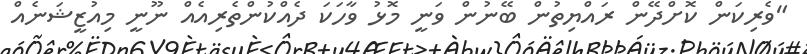
"ވެރިކަން ކޮށްދޭން ރައްޔިތުން ބޭނުން ވަނީ މޮޅު ވާހަކަ ދެއްކުންތެރިއެއް ނޫނީ މިއުޒީޝަނެއް